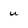
Character: u